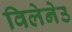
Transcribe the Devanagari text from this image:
विलेनेउ